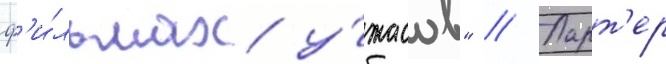
ф'и́льмах у́жасов" // Ларт'ер